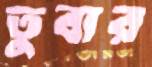
তুবার